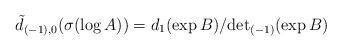
LaTeX: \begin{align*}\tilde{d}_{(-1),0}(\sigma(\log A))=d_1(\exp B)/{\det}_{(-1)}(\exp B)\end{align*}